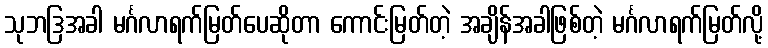
သုဘဒြအခါ မင်္ဂလာရက်မြတ်ပေဆိုတာ ကောင်းမြတ်တဲ့ အချိန်အခါဖြစ်တဲ့ မင်္ဂလာရက်မြတ်လို့